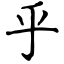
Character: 乎